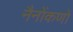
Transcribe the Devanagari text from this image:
नैनोंकणों